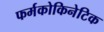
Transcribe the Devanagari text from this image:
फर्मकोकिनेटिक